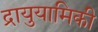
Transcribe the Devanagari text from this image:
द्रायुयामिकी